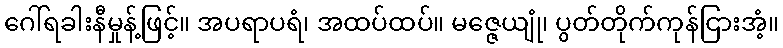
ဂေါ်ရခါးနီမှုန့်ဖြင့်။ အပရာပရံ၊ အထပ်ထပ်။ မဇ္ဇေယျုံ၊ ပွတ်တိုက်ကုန်ငြားအံ့။